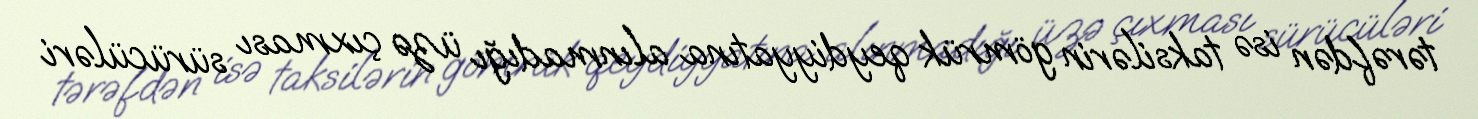
tərəfdən isə taksilərin gömrük qeydiyyatına alınmadığı üzə çıxması sürücüləri